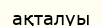
ақталуы